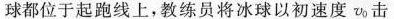
球都位于起跑线上，教练员将冰球以初速度v_{0}击